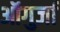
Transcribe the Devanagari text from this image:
ऑगुर्जा